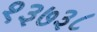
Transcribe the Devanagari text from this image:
१३७३८